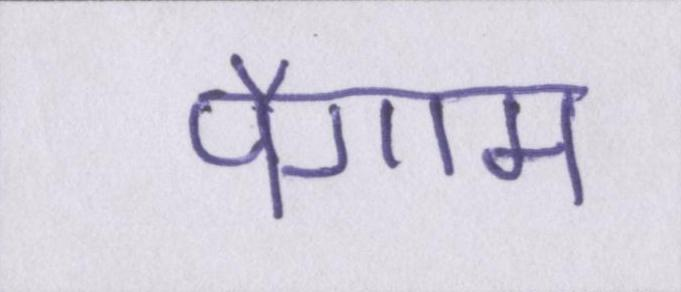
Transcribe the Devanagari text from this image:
पैगाम